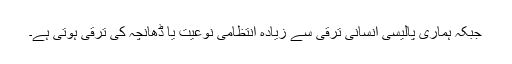
جبکہ ہماری پالیسی انسانی ترقی سے زیادہ انتظامی نوعیت یا ڈھانچہ کی ترقی ہوتی ہے۔